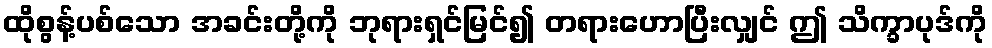
ထိုစွန့်ပစ်သော အခင်းတို့ကို ဘုရားရှင်မြင်၍ တရားဟောပြီးလျှင် ဤ သိက္ခာပုဒ်ကို